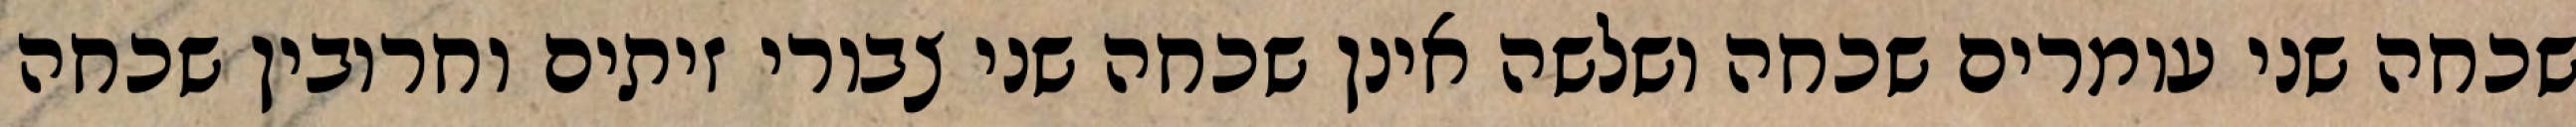
שכחה שני עומרים שכחה ושלשה אינן שכחה שני צבורי זיתים וחרובין שכחה